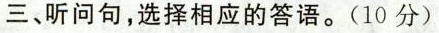
三、听问句,选择相应的答语.(10 分)